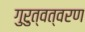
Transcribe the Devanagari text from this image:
गुरुत्वत्वरण